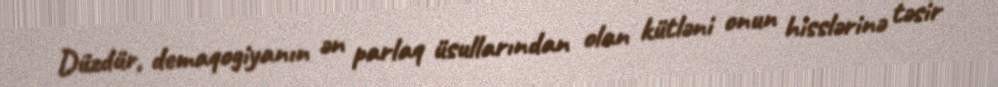
Düzdür, demaqogiyanın ən parlaq üsullarından olan kütləni onun hisslərinə təsir